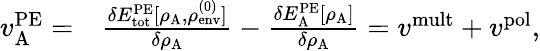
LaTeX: \begin{array}{rl}{v_{\mathrm{A}}^{\mathrm{PE}}=}&{\frac{\delta E_{\mathrm{tot}}^{\mathrm{PE}}[\rho_{\mathrm{A}},\rho_{\mathrm{env}}^{(0)}]}{\delta\rho_{\mathrm{A}}}-\frac{\delta E_{\mathrm{A}}^{\mathrm{PE}}[\rho_{\mathrm{A}}]}{\delta\rho_{\mathrm{A}}}={v}^{\mathrm{mult}}+{v}^{\mathrm{pol}},}\end{array}